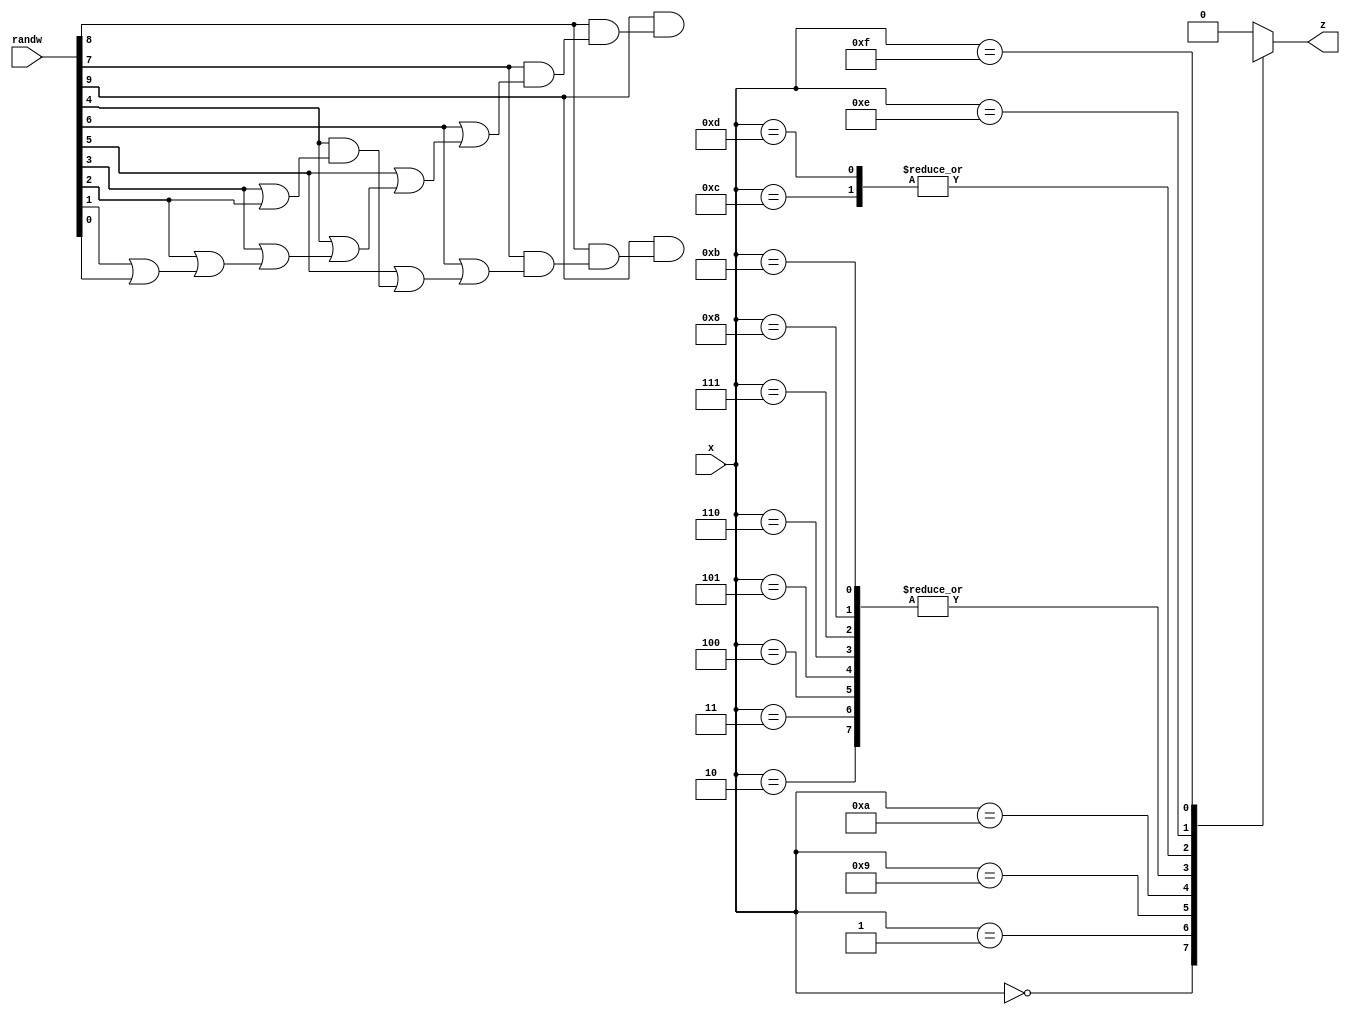
module STRAUSS_asd( //the stochastic core of an ReSC
	input [6:0] x, //independent copies of x
	input [10:0] randw, //for constant generation
	output reg z //output bitsream
);

	wire wire0_1;
	wire wire0_2;
	assign wire0_1 = (randw[9] & wire0_2);
	wire wire0_3;
	assign wire0_2 = (randw[8] & wire0_3);
	wire wire0_4;
	assign wire0_3 = (randw[7] & wire0_4);
	wire wire0_5;
	assign wire0_4 = (randw[6] | wire0_5);
	wire wire0_6;
	assign wire0_5 = (randw[5] | wire0_6);
	wire wire0_7;
	assign wire0_6 = (randw[4] | wire0_7);
	wire wire0_8;
	assign wire0_7 = (randw[3] | wire0_8);
	wire wire0_9;
	assign wire0_8 = (randw[2] | wire0_9);
	wire wire0_10;
	assign wire0_9 = (randw[1] | wire0_10);
	wire wire0_11;
	assign wire0_10 = (randw[0] | wire0_11);
	assign wire0_11 = 0;

	wire wire1_1;
	wire wire1_2;
	assign wire1_1 = (randw[9] & wire1_2);
	wire wire1_3;
	assign wire1_2 = (randw[8] & wire1_3);
	wire wire1_4;
	assign wire1_3 = (randw[7] & wire1_4);
	wire wire1_5;
	assign wire1_4 = (randw[6] | wire1_5);
	wire wire1_6;
	assign wire1_5 = (randw[5] | wire1_6);
	wire wire1_7;
	assign wire1_6 = (randw[4] & wire1_7);
	wire wire1_8;
	assign wire1_7 = (randw[3] | wire1_8);
	wire wire1_9;
	assign wire1_8 = (randw[2] | wire1_9);
	assign wire1_9 = 0;

	wire wire2_1;

	wire wire3_1;

	wire wire4_1;

	wire wire5_1;

	wire wire6_1;

	wire wire7_1;

	wire wire8_1;

	wire wire9_1;
	wire wire9_2;
	assign wire9_1 = (randw[9] | wire9_2);
	wire wire9_3;
	assign wire9_2 = (randw[8] & wire9_3);
	wire wire9_4;
	assign wire9_3 = (randw[7] | wire9_4);
	wire wire9_5;
	assign wire9_4 = (randw[6] & wire9_5);
	wire wire9_6;
	assign wire9_5 = (randw[5] & wire9_6);
	wire wire9_7;
	assign wire9_6 = (randw[4] | wire9_7);
	wire wire9_8;
	assign wire9_7 = (randw[3] | wire9_8);
	assign wire9_8 = 0;

	wire wire10_1;

	wire wire11_1;

	wire wire12_1;

	wire wire13_1;

	wire wire14_1;
	wire wire14_2;
	assign wire14_1 = (randw[9] | wire14_2);
	wire wire14_3;
	assign wire14_2 = (randw[8] | wire14_3);
	wire wire14_4;
	assign wire14_3 = (randw[7] & wire14_4);
	wire wire14_5;
	assign wire14_4 = (randw[6] & wire14_5);
	wire wire14_6;
	assign wire14_5 = (randw[5] | wire14_6);
	wire wire14_7;
	assign wire14_6 = (randw[4] | wire14_7);
	assign wire14_7 = 0;

	wire wire15_1;
	wire wire15_2;
	assign wire15_1 = (randw[9] | wire15_2);
	wire wire15_3;
	assign wire15_2 = (randw[8] | wire15_3);
	wire wire15_4;
	assign wire15_3 = (randw[7] | wire15_4);
	wire wire15_5;
	assign wire15_4 = (randw[6] | wire15_5);
	wire wire15_6;
	assign wire15_5 = (randw[5] | wire15_6);
	wire wire15_7;
	assign wire15_6 = (randw[4] | wire15_7);
	wire wire15_8;
	assign wire15_7 = (randw[3] & wire15_8);
	wire wire15_9;
	assign wire15_8 = (randw[2] | wire15_9);
	assign wire15_9 = ~wire0_9;

	always @(*) begin
		case (x)
			4'd0: z = wire0.124023_1;
			4'd1: z = wire0.105469_1;
			4'd2: z = wire1_1;
			4'd3: z = wire1_1;
			4'd4: z = wire1_1;
			4'd5: z = wire1_1;
			4'd6: z = wire1_1;
			4'd7: z = wire1_1;
			4'd8: z = wire1_1;
			4'd9: z = wire0.648438_1;
			4'd10: z = wire0_1;
			4'd11: z = wire1_1;
			4'd12: z = 1;
			4'd13: z = 1;
			4'd14: z = wire0.796875_1;
			4'd15: z = wire0.989258_1;
			default: z = 0;
		endcase
	end
endmodule